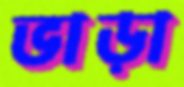
ভাড়া